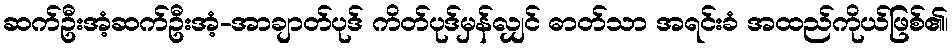
ဆက်ဦးအံ့ဆက်ဦးအံ့-အာချာတ်ပုဒ် ကိတ်ပုဒ်မှန်လျှင် ဓာတ်သာ အရင်းခံ အထည်ကိုယ်ဖြစ်၏၊